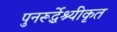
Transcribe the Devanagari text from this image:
पुनरूर्द्धेश्यीकृत